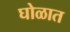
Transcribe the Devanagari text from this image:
घोळात